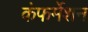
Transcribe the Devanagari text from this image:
कंफर्मेशन